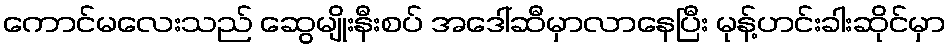
ကောင်မလေးသည် ဆွေမျိုးနီးစပ် အဒေါ်ဆီမှာလာနေပြီး မုန့်ဟင်းခါးဆိုင်မှာ